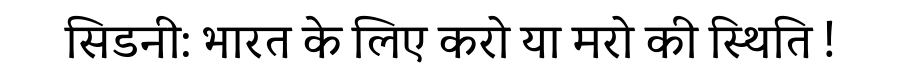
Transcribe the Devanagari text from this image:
सिडनी: भारत के लिए करो या मरो की स्थिति !